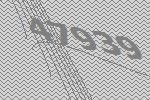
47939